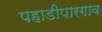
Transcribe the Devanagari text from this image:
पहाडीपारगाव